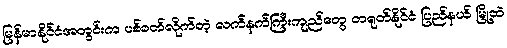
မြန်မာနိုင်ငံအတွင်းက ပစ်ခတ်လိုက်တဲ့ လက်နက်ကြီးကျည်တွေ တရုတ်နိုင်ငံ ပြည်နယ် မြို့ထဲ